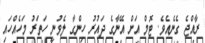
ރާއްޖެ ގެނެއެވެ. ޓޮމް އަށް އޭނާގެ ދައުރު ހިންގާ ލެވުނީ ހަތަރު މަހެއްހައި